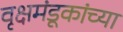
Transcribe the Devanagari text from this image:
वृक्षमंडूकांच्या